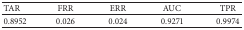
| TAR | FRR | ERR | AUC | TPR |
 | --- | --- | --- | --- | --- |
 | 0.8952 | 0.026 | 0.024 | 0.9271 | 0.9974 |